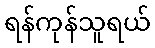
ရန်ကုန်သူရယ်